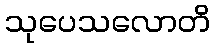
သုပေသလောတိ